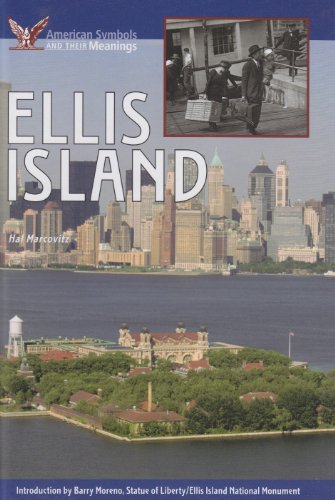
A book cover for Ellis Island (American Symbols & Their Meanings); Hal Marcovitz; Children's Books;